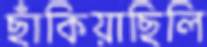
ছাঁকিয়াছিলি